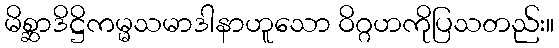
မိစ္ဆာဒိဋ္ဌိကမ္မသမာဒါနာဟူသော ဝိဂ္ဂဟကိုပြသတည်း။